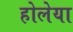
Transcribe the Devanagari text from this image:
होलेया